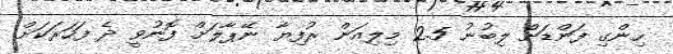
ހިންގި ފަންޑަށް ލިބުނު 2.5 މިލިއަން ރުފިޔާ ނޭޕާލަށް ފޮނުވީ ދެ ފަހަރަކަށް